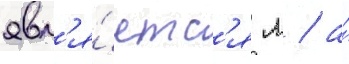
явл'я́етс'я л / а́